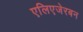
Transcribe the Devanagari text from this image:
एलिएजेरबन